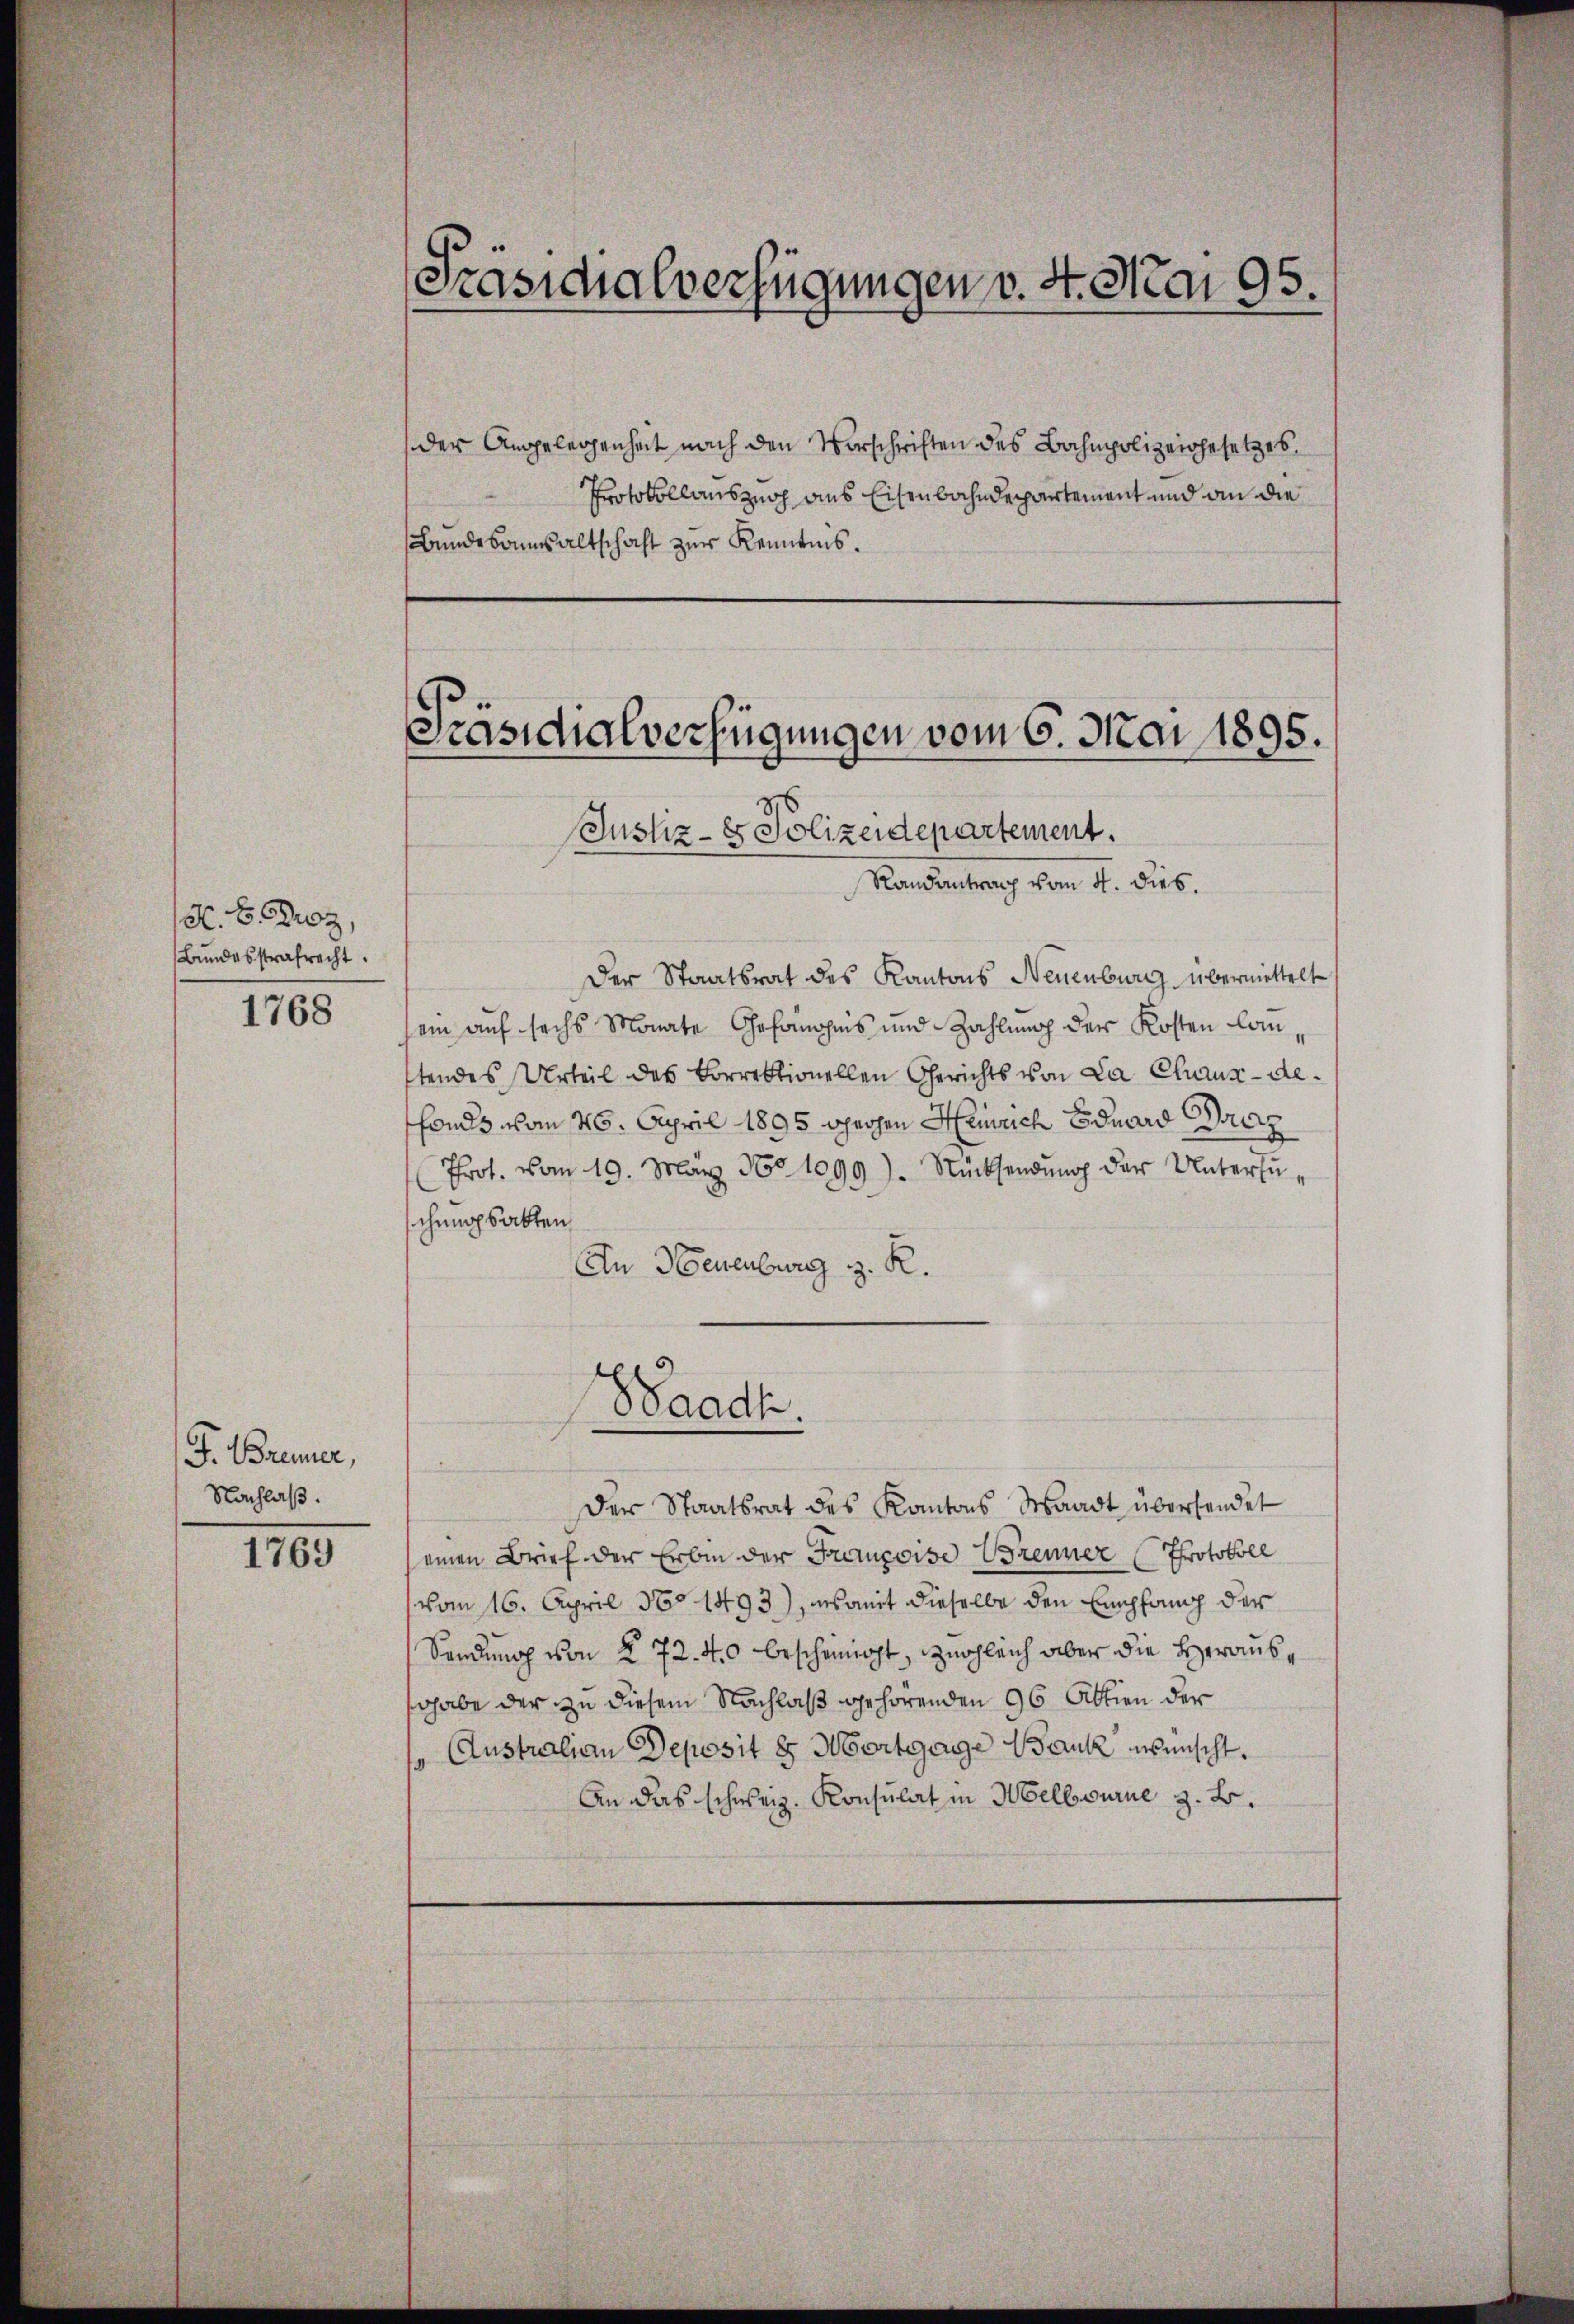
A. H. Droz,
Bundesstrafrecht.

1768

F. Brenner,
Nachlaß.

1769

Prasicalverfügungen v. 4. Mai 95.
der Angelegenheit nach den Vorschriften des Bahnpolizeigesetzes
Protokollauszug aus Eisenbahndepartement und an die
Bundesaumsaltschaft zur Kenntnis.

Randantrag vom 4. dies.
Der Staatsrat des Kantons Neuenburg übermiettelt
ein auf sechs Monate Gefängnis und Zahlung der Kosten lanstendes Urteil des Vorrektionellen Gerichts von La Chaux-de¬
Fonds vom 26. April 1895 ghechen Heinrich Eduard Barz
Prot. vom 19. März 1601099). Rücksendung der Untersuschungsakten
An Neuenburg z. R.
.
Waadt
Der Staatsrat des Kantons Waadt übersendet
einen Brief der Erbin der Françoise Brenner Protokoll
vom 16. April 180. 1493), womit dieselbe den Empfang der
Sendung von § 72. 40 bescheinigt, zugleich aber die Herausgabe der zu diesem Nachlaß gehörenden 96 Aktien der
1. Australian Deposit 8 Moortgage Bank wünscht.
An das schweiz. Konsulat in Melbourne z. B.

Justiz- & Polizeidepartement.

Präsidialverfügungen vom 6. Mai 1895.